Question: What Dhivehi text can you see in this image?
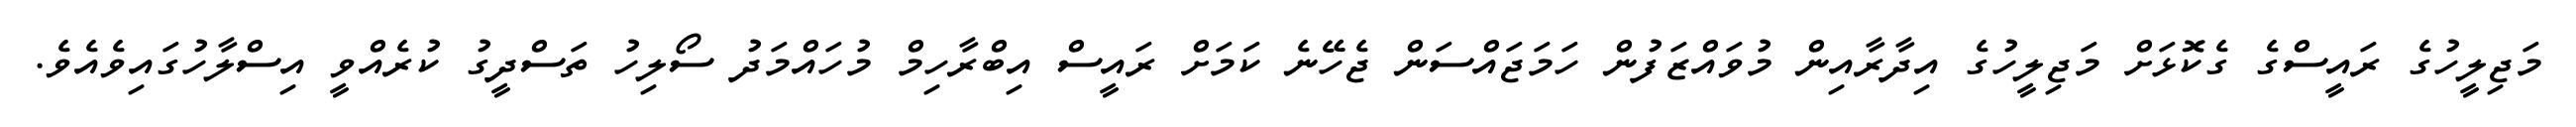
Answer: މަޖިލީހުގެ ރައީސްގެ ގެކޮޅަށް މަޖިލީހުގެ އިދާރާއިން މުވައްޒަފުން ހަމަޖައްސަން ޖެހޭނެ ކަމަށް ރައީސް އިބްރާހިމް މުހައްމަދު ސޯލިހު ތަސްދީގު ކުރެއްވީ އިސްލާހުގައިވެއެވެ.